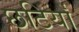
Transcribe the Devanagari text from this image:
छटियाँ